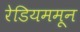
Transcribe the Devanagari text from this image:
रेडियममून